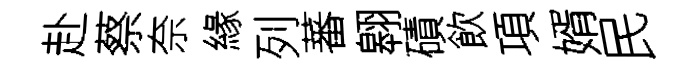
赴蔡奈緣列蕃翱磧飲項婿民